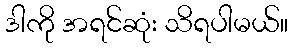
ဒါကို အရင်ဆုံး သိရပါမယ်။